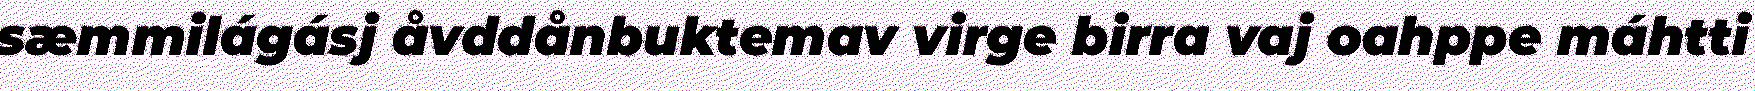
sæmmilágásj åvddånbuktemav virge birra vaj oahppe máhtti